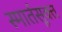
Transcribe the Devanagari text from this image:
स्मार्तसूक्त